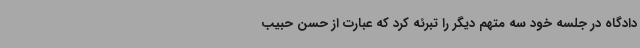
دادگاه در جلسه خود سه متهم دیگر را تبرئه کرد که عبارت از حسن حبیب